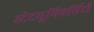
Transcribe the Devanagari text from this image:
स्टेटयूनिवर्सिटी